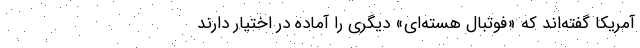
آمریکا گفته‌اند که «فوتبال هسته‌ای» دیگری را آماده در اختیار دارند